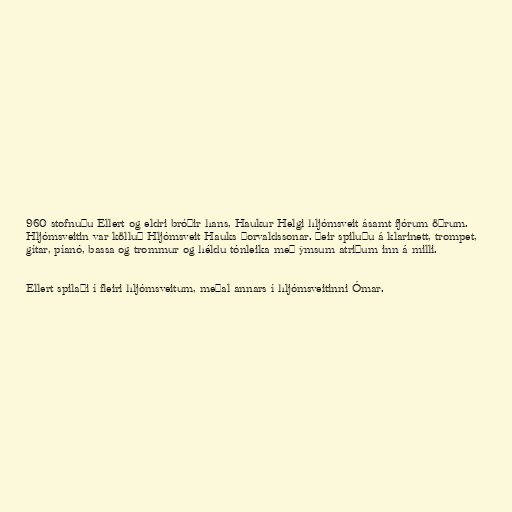
960 stofnuðu Ellert og eldri bróðir hans, Haukur Helgi hljómsveit ásamt fjórum öðrum.
Hljómsveitin var kölluð Hljómsveit Hauks Þorvaldssonar. Þeir spiluðu á klarinett, trompet,
gítar, píanó, bassa og trommur og héldu tónleika með ýmsum atriðum inn á milli.

Ellert spilaði í fleiri hljómsveitum, meðal annars í hljómsveitinni Ómar.